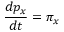
\frac { d p _ { x } } { d t } = \pi _ { x }